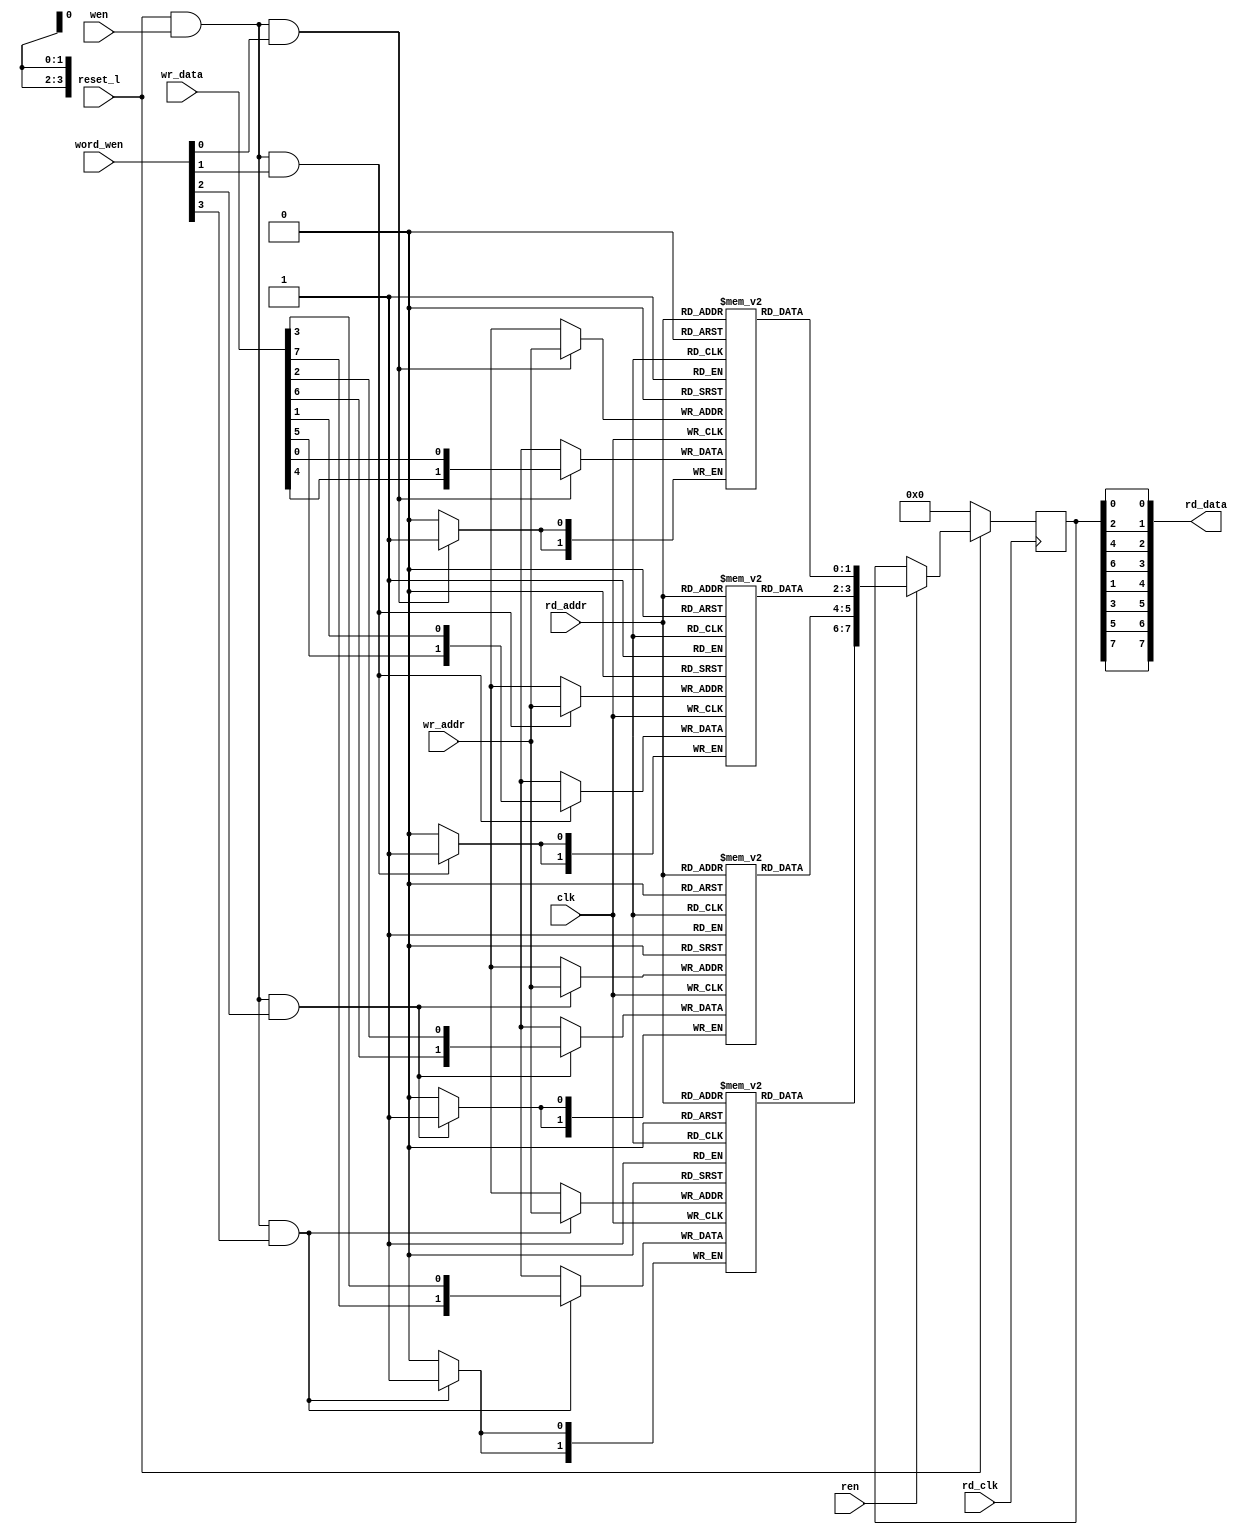
module bw_r_rf16x2(word_wen, wen, ren, wr_addr, rd_addr, wr_data,
	rd_data, clk, rd_clk, reset_l);
  input [3:0] word_wen;
  input	      wen;
  input	      ren;
  input	[3:0] wr_addr;
  input [3:0] rd_addr;
  input [7:0] wr_data;
  output [7:0] rd_data;
  input	clk;
  input	rd_clk;
  input reset_l;
  reg	[7:0] rd_data_temp;
  reg [1:0] inq_ary0[15:0];
  reg [1:0] inq_ary1[15:0];
  reg [1:0] inq_ary2[15:0];
  reg [1:0] inq_ary3[15:0];
  always @(posedge clk) begin
    if(reset_l & wen & word_wen[0])
      inq_ary0[wr_addr] = {wr_data[4],wr_data[0]};
    if(reset_l & wen & word_wen[1])
      inq_ary1[wr_addr] = {wr_data[5],wr_data[1]};
    if(reset_l & wen & word_wen[2])
      inq_ary2[wr_addr] = {wr_data[6],wr_data[2]};
    if(reset_l & wen & word_wen[3])
      inq_ary3[wr_addr] = {wr_data[7],wr_data[3]};
  end
  always @(negedge rd_clk) begin
    if (~reset_l) begin
      rd_data_temp = 8'b0;
    end else if(ren == 1'b1) begin
        rd_data_temp = {inq_ary3[rd_addr], inq_ary2[rd_addr], inq_ary1[rd_addr], inq_ary0[rd_addr]};
    end
  end
  assign rd_data = {rd_data_temp[7], rd_data_temp[5], rd_data_temp[3], 
		rd_data_temp[1], rd_data_temp[6], rd_data_temp[4], 
		rd_data_temp[2], rd_data_temp[0]};
endmodule